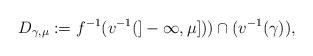
LaTeX: \begin{align*}D_{\gamma,\mu} := f^{-1}(v^{-1}(]-\infty,\mu])) \cap (v^{-1}(\gamma)), \end{align*}